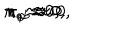
\pi _ { \ } \approx 0 , \hspace { 1 c m } \pi _ { a } \approx 0 , \hspace { 1 c m } \pi _ { a b } \approx 0 , \hspace { 1 c m } \pi _ { \varphi } \approx 0 .